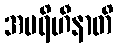
အပရိဟီနာတိ